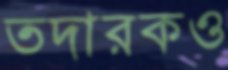
তদারকও